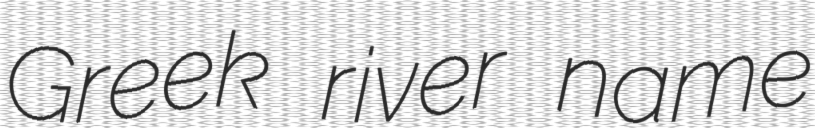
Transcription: Greek river name